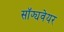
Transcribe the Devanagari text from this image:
सॉफ्यवेयर